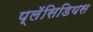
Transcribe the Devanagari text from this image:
प्लॅसिडियस